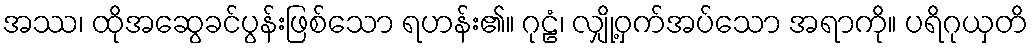
အဿ၊ ထိုအဆွေခင်ပွန်းဖြစ်သော ရဟန်း၏။ ဂုဠံ၊ လျှို့ဝှက်အပ်သော အရာကို။ ပရိဂုယှတိ